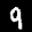
Label: 9